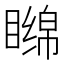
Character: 𬑧